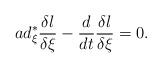
LaTeX: \begin{align*}ad_{\xi }^{\ast }\frac{\delta l}{\delta \xi }-\frac{d}{dt}\frac{\delta l}{\delta \xi }=0. \end{align*}